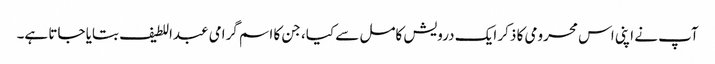
آپ نے اپنی اس محرومی کا ذکر ایک درویش کامل سے کیا، جن کا اسم گرامی عبداللطیف بتایا جاتا ہے۔